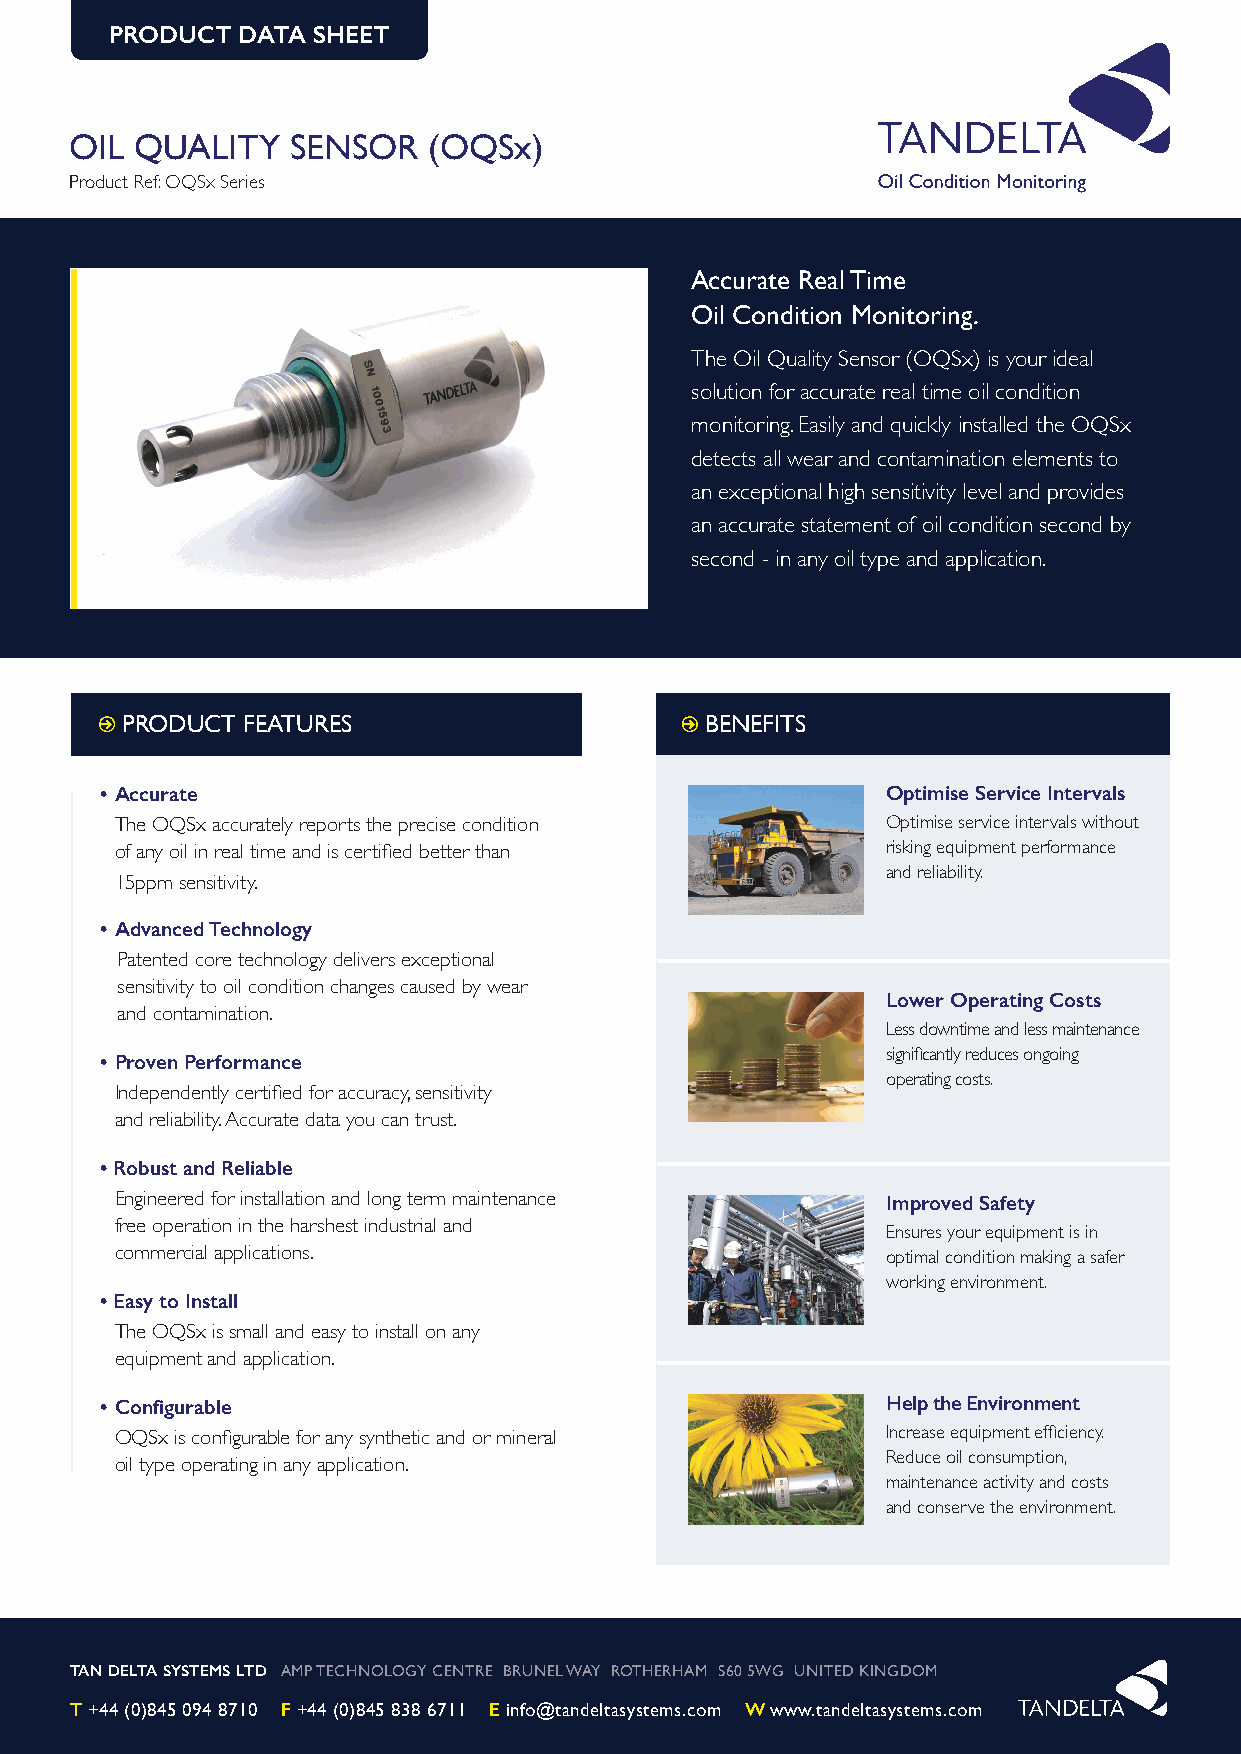
PRODUCT  DATA SHEET
 OIL QUALITY   SENSOR   (OQSx)
 Product Ref: OQSx Series
 Accurate Real Time
 Oil Condition Monitoring.
 The Oil Quality Sensor (OQSx) is your ideal
 solution for accurate real time oil condition
 monitoring. Easily and quickly installed the OQSx
 detects all wear and contamination elements to
 an exceptional high sensitivity level and provides
 an accurate statement of oil condition second by
 second - in any oil type and application.
 PRODUCT FEATURES                       BENEFITS
 • Accurate                                          Optimise Service Intervals
 The OQSx accurately reports the precise condition  Optimise service intervals without
 of any oil in real time and is certified better than risking equipment performance
 and reliability.
 15ppm sensitivity.
 • Advanced Technology
 P atented core technology delivers exceptional
 sensitivity to oil condition changes caused by wear
 Lower Operating Costs
 and contamination.
 Less downtime and less maintenance
 • Proven Performance                                significantly reduces ongoing
 operating costs.
 Independently certified for accuracy, sensitivity
 and reliability. Accurate data you can trust.
 • Robust and Reliable
 Engineered for installation and long term maintenance Improved Safety
 free operation in the harshest industrial and
 Ensures your equipment is in
 commercial applications.                           optimal condition making a safer
 working environment.
 • Easy to Install
 The OQSx is small and easy to install on any
 equipment and application.
 • Configurable                                      Help the Environment
 OQSx is configurable for any synthetic and or mineral Increase equipment efficiency.
 Reduce oil consumption,
 oil type operating in any application.
 maintenance activity and costs
 and conserve the environment.
 TAN DELTA SYSTEMS LTD AMP TECHNOLOGY CENTRE BRUNEL WAY ROTHERHAM S60 5WG UNITED KINGDOM
 T +44 (0)845 094 8710 F +44 (0)845 838 6711 E info@tandeltasystems.com W www.tandeltasystems.com